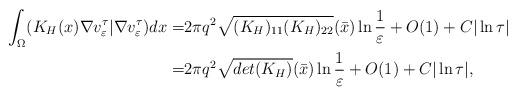
LaTeX: \begin{align*}\int_{\Omega}(K_H(x)\nabla v^\tau_\varepsilon| \nabla v^\tau_\varepsilon) dx=&2\pi q^2\sqrt{(K_{H})_{11}(K_{H})_{22}}(\bar{x})\ln\frac{1}{\varepsilon}+O(1)+C|\ln\tau|\\=&2\pi q^2\sqrt{det(K_{H})}(\bar{x})\ln\frac{1}{\varepsilon}+O(1)+C|\ln\tau|,\end{align*}